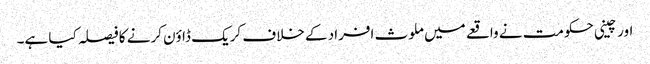
اورچینی حکومت نے واقعے میں ملوث افراد کے خلاف کریک ڈاوٴن کرنے کا فیصلہ کیا ہے۔